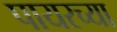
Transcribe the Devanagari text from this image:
पायरच्या